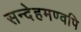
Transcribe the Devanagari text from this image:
सन्देहमण्वपि